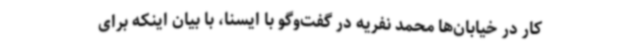
کار در خیابان‌ها محمد نفریه در گفت‌وگو با ایسنا، با بیان اینکه برای